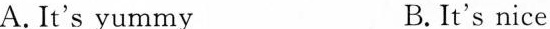
A. It's yummy B.It's nice